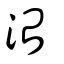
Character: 治